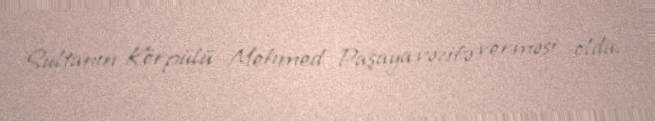
Sultanın Körpülü Mehmed Paşaya vəzifə verməsi oldu.